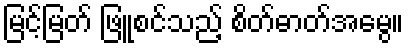
မြင့်မြတ် ဖြူစင်သည့် စိတ်ဓာတ်အမွေ။